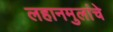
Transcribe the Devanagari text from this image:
लहानमुलांचे